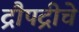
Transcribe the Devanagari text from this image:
द्रौपद्रीचे